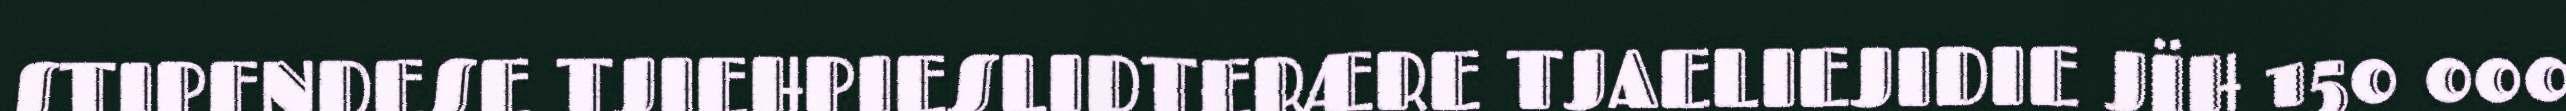
STIPENDESE TJIEHPIESLIDTERÆRE TJAELIEJIDIE JÏH 150 000